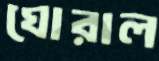
ঘোরাল